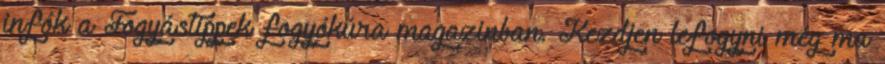
infók a Fogyástippek fogyókúra magazinban. Kezdjen lefogyni még ma